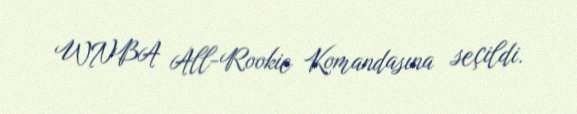
WNBA All-Rookie Komandasına seçildi.